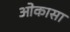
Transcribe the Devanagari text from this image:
ओकासा